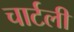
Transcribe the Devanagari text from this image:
चार्टली